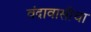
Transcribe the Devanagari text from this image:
वंदावासीचा